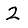
Digit: 2